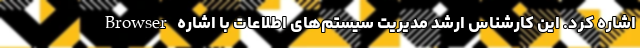
Browser اشاره کرد. این کارشناس ارشد مدیریت سیستم‌های اطلاعات با اشاره